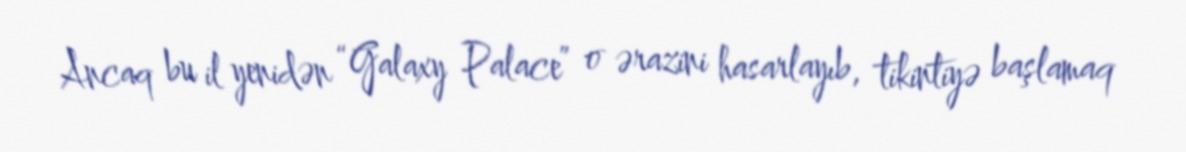
Ancaq bu il yenidən “Galaxy Palace” o ərazini hasarlayıb, tikintiyə başlamaq